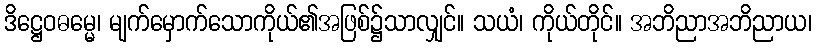
ဒိဋ္ဌေဝဓမ္မေ၊ မျက်မှောက်သောကိုယ်၏အဖြစ်၌သာလျှင်။ သယံ၊ ကိုယ်တိုင်။ အဘိညာအဘိညာယ၊